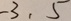
- 3 , 5